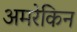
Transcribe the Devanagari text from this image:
अमरेकिन